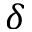
\delta